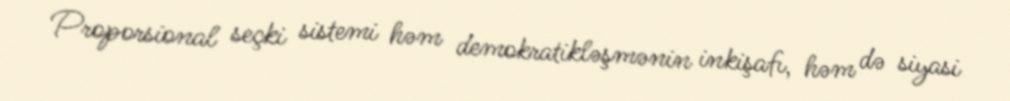
Proporsional seçki sistemi həm demokratikləşmənin inkişafı, həm də siyasi